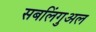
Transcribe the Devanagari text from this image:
सबलिंगुअल